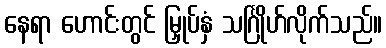
နေရာ ဟောင်းတွင် မြှုပ်နှံ သင်္ဂြိုဟ်လိုက်သည်။